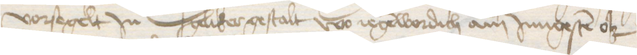
vorsegelt Jn geliker gestalt wo iegenwordich am Jungesten ok